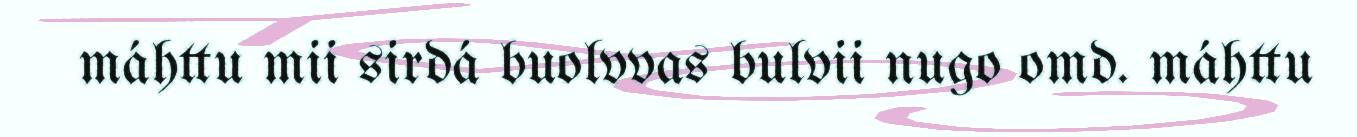
máhttu mii sirdá buolvvas bulvii nugo omd. máhttu